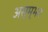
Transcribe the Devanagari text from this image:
अस्म्भव